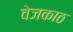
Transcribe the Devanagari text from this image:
वेजकाठ